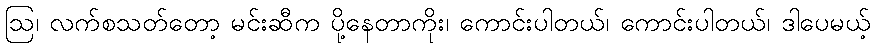
ဩ၊ လက်စသတ်တော့ မင်းဆီက ပို့နေတာကိုး၊ ကောင်းပါတယ်၊ ကောင်းပါတယ်၊ ဒါပေမယ့်